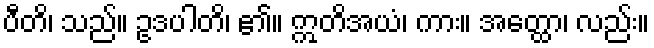
ပီတိ၊ သည်။ ဥဒပါတိ၊ ၏။ ဣတိအယံ၊ ကား။ အတ္ထော၊ လည်း။